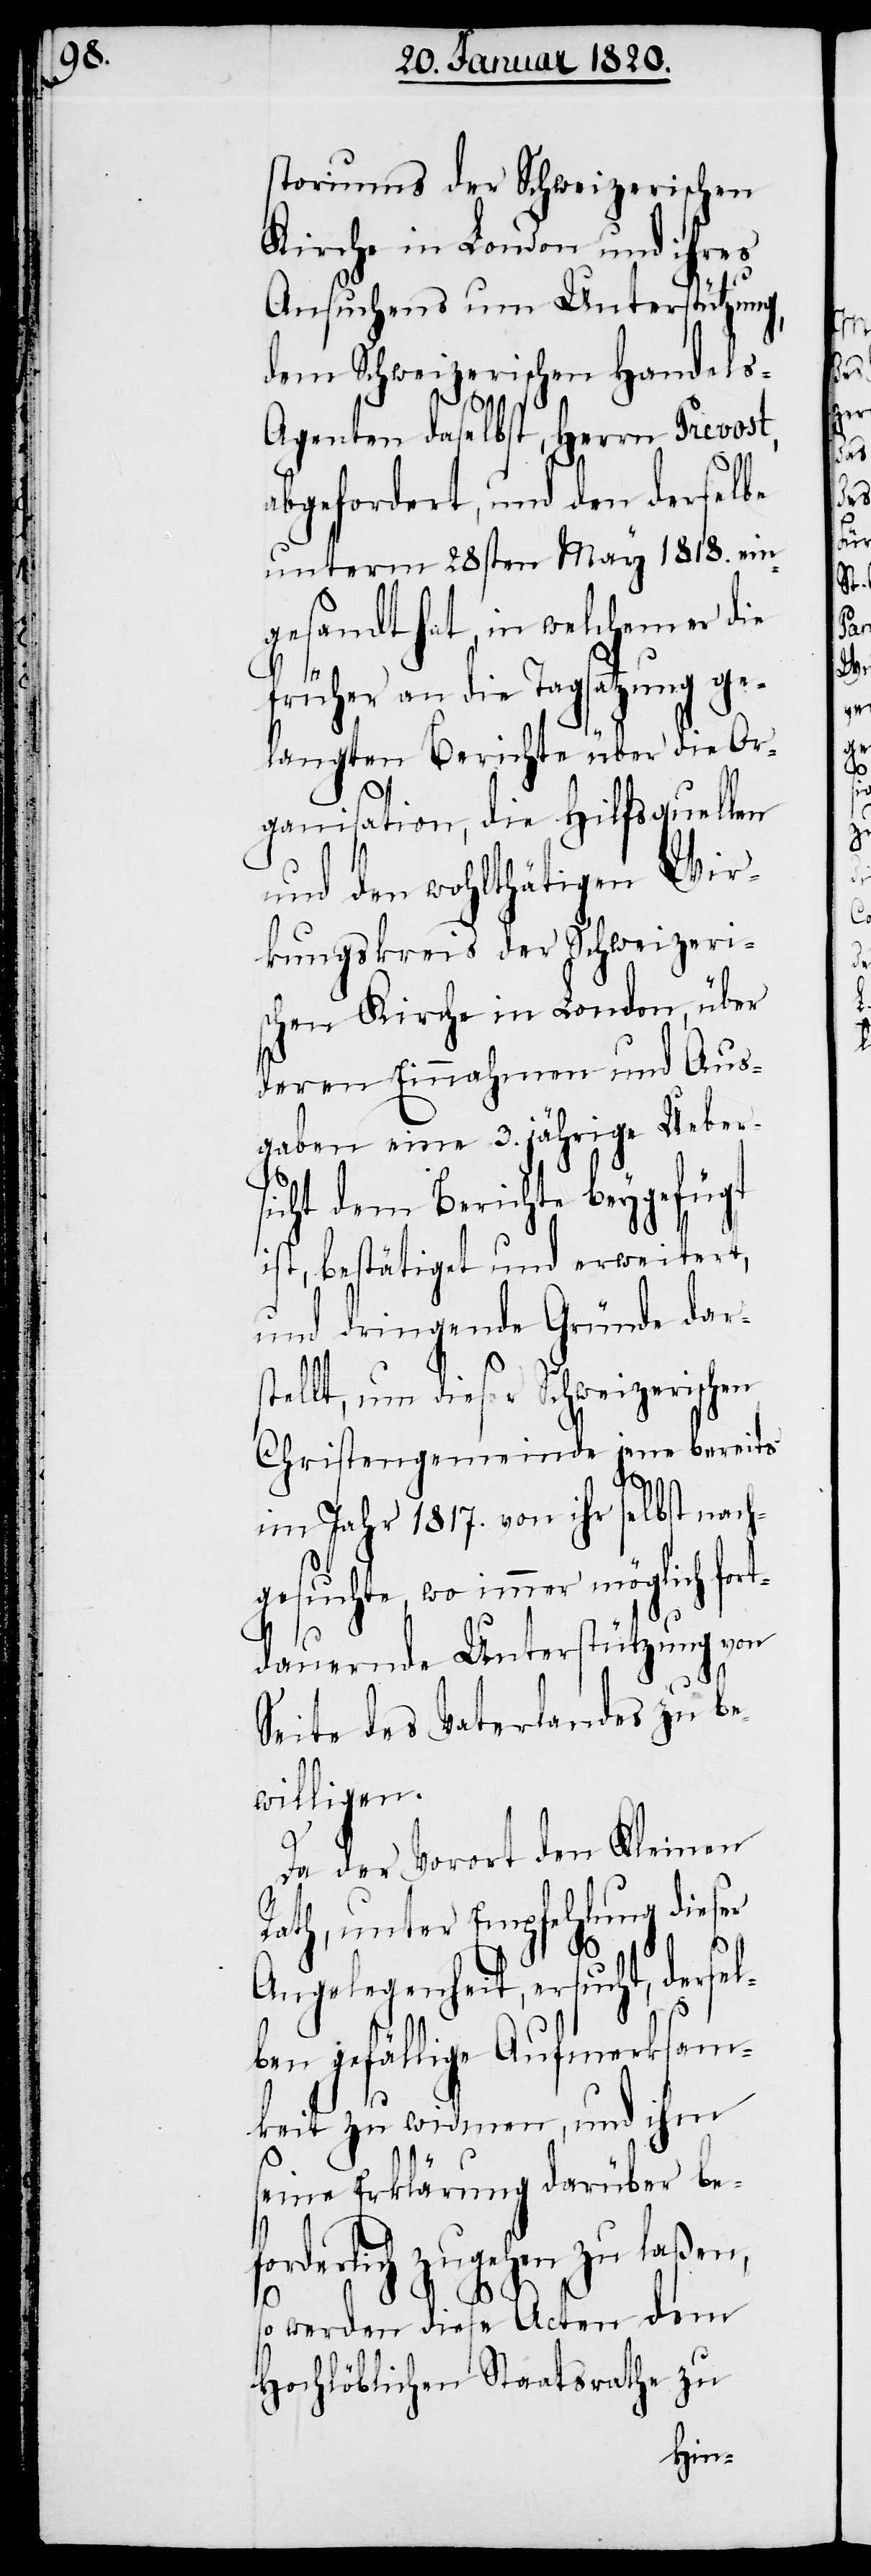
storiums der Schweizerischen
Kirche in London und ihres
Ansuchens um Unterstützung,
dem Schweizerischen Handel¬
s-Agenten daselbst, Herrn Prevost,
abgefordert, und den derselbe
unterm 28sten May 1818. ein¬
gesandt hat, in welchem er die
früher an die Tagsatzung ge¬
langten Berichte über die Or¬
ganisation, die Hilfsquellen
und den wohlthätigen Wir¬
kungskreis der Schweizeri¬
schen Kirche in London, über
deren Einnahmen und Aus¬
gaben eine 3. jährige Uebers¬
icht dem Berichte beygefügt
ist, bestätiget und erweitert,
und dringende Gründe dar¬
stellt, um dieser Schweizerischen
Christengemeinde jene bereits
im Jahr 1817. von ihr selbst nach¬
gesuchte, wo immer möglich fort¬
dauernde Unterstützung von
Seite des Vaterlandes zu be¬
willigen.
Da der Vorort den Kleinen
Rath, unter Empfehlung dieser
Angelegenheit, ersucht, dersel¬
ben gefällige Aufmerksam¬
keit zu widmen, und ihm
seine Erklärung darüber be¬
forderlich zugehen zu laßen,
so werden diese Acten dem
Hochlöblichen Staatsrathe zu